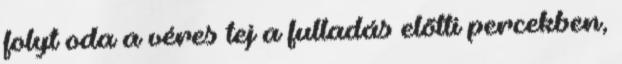
folyt oda a véres tej a fulladás elõtti percekben,